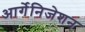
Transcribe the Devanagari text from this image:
आर्गेनिजेशन